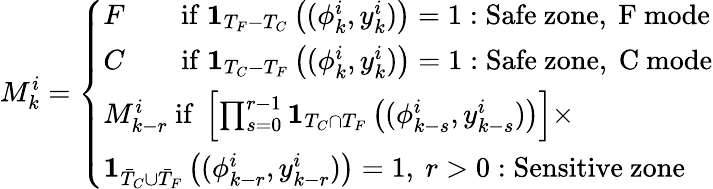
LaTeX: M_{k}^{i}=\left\{ \begin{array}{ll}{F\qquad\mathrm{if}\ \mathbf{1}_{T_{F}-T_{C}}\left((\phi_{k}^{i},y_{k}^{i})\right)=1:\mathrm{Safe~zone,~F~mode}}\\ {C\qquad\mathrm{if}\ \mathbf{1}_{T_{C}-T_{F}}\left((\phi_{k}^{i},y_{k}^{i})\right)=1:\mathrm{Safe~zone,~C~mode}}\\ {M_{k-r}^{i}\ \mathrm{if}\ \left[\prod_{s=0}^{r-1}\mathbf{1}_{T_{C}\cap T_{F}}\left((\phi_{k-s}^{i},y_{k-s}^{i})\right)\right]\times}\\ {\mathbf{1}_{\bar{T}_{C}\cup\bar{T}_{F}}\left((\phi_{k-r}^{i},y_{k-r}^{i})\right)=1,\ r>0:\mathrm{Sensitive~zone}}\end{array}\right.